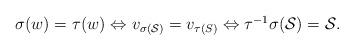
LaTeX: \begin{align*}\mbox{$\sigma (w) = \tau(w) \Leftrightarrow$ $v_{\sigma(\mathcal{S})} = v_{\tau(S)} \Leftrightarrow \tau^{-1}\sigma (\mathcal{S}) = \mathcal{S}$.}\end{align*}